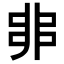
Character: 𠂼